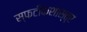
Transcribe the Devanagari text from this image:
स्फटीकशास्त्र